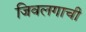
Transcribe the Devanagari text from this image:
जिवलगाची